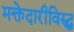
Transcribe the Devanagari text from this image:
मक्तेदारीविरुद्ध